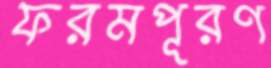
ফরমপূরণ